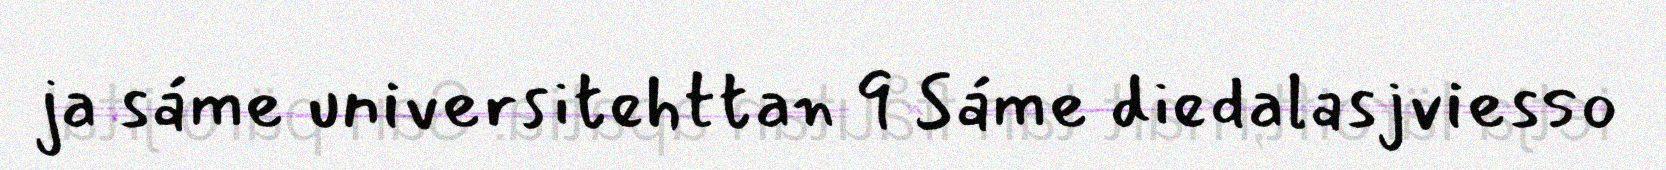
ja sáme universitehttan 9 Sáme diedalasjviesso